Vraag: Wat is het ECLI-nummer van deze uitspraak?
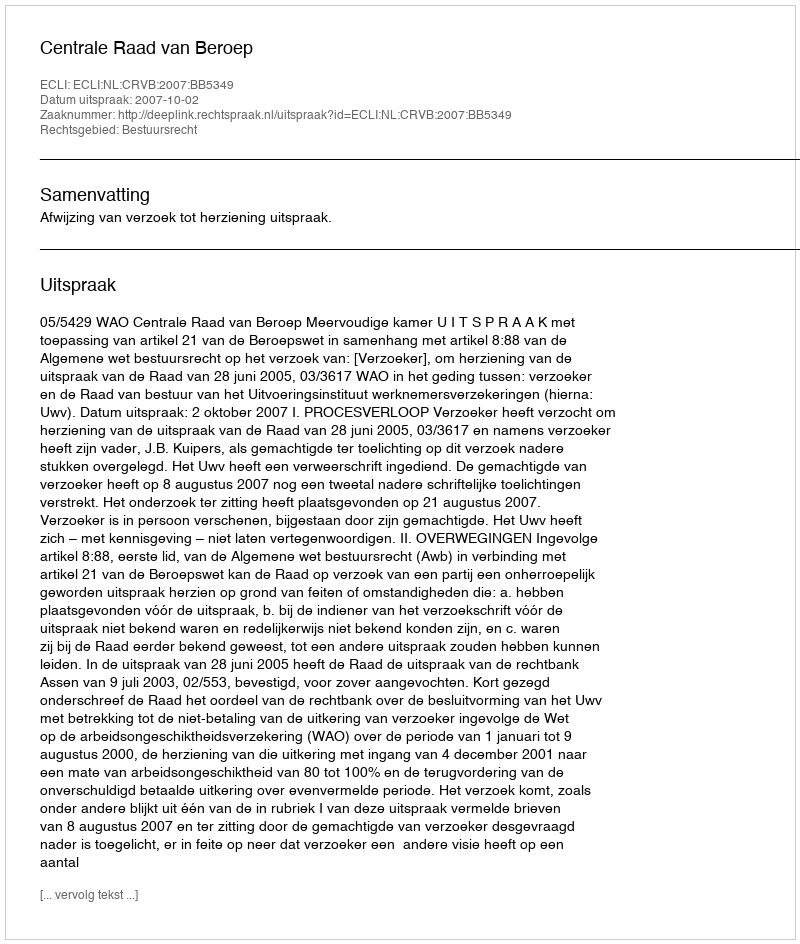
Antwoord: ECLI:NL:CRVB:2007:BB5349